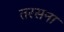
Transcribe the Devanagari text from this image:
तरसना